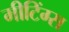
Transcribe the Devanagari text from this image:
मीटिंग्स